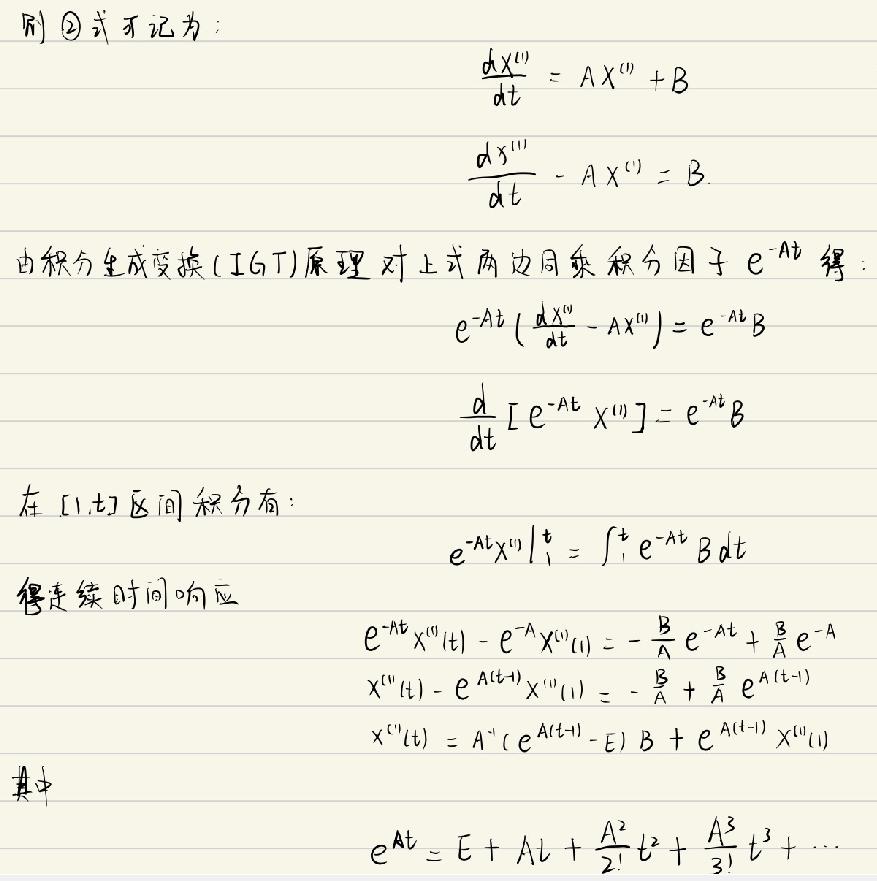
则$\textcircled{2}$式可记为：
\[
\frac{dX^{(t)}}{dt}=AX^{(t)}+B
\]
\[
\frac{dX^{(t)}}{dt}-AX^{(t)}=B
\]
由积分生成变换(IGT)原理对上式两边同乘积分因子$e^{-At}$得：
\[
e^{-At}(\frac{dX^{(t)}}{dt}-AX^{(t)})=e^{-At}B
\]
\[
\frac{d}{dt}[e^{-At}X^{(t)}]=e^{-At}B
\]
在$[1,t]$区间积分有：
\[
e^{-At}X^{(t)}\big|_{1}^{t}=\int_{1}^{t}e^{-At}Bdt
\]
得连续时间响应
\[
e^{-At}X^{(t)}(t)-e^{-A}X^{(t)}(1)=-\frac{B}{A}e^{-At}+\frac{B}{A}e^{-A}
\]
\[
X^{(t)}(t)-e^{A(t - 1)}X^{(t)}(1)=-\frac{B}{A}+\frac{B}{A}e^{A(t - 1)}
\]
\[
X^{(t)}(t)=A^{-1}(e^{A(t - 1)}-E)B+e^{A(t - 1)}X^{(t)}(1)
\]
其中
\[
e^{At}=E+At+\frac{A^{2}}{2!}t^{2}+\frac{A^{3}}{3!}t^{3}+\cdots
\]